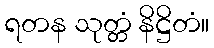
ရတန သုတ္တံ နိဋ္ဌိတံ။